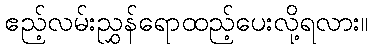
ဧည့်လမ်းညွှန်ရောထည့်ပေးလို့ရလား။